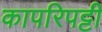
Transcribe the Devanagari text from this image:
कापरिपट्टी